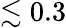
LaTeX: \lesssim 0.3